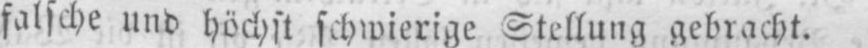
falsche und höchst schwierige Stellung gebracht.